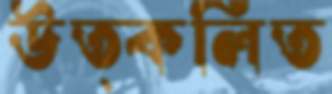
উত্কলিত